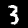
Digit: 3